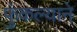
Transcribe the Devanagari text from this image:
फुंकल्याने